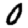
Digit: 0